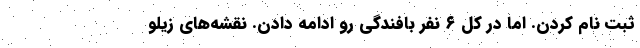
ثبت نام کردن. اما در کل ۶ نفر بافندگی رو ادامه دادن. نقشه‌های زیلو